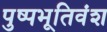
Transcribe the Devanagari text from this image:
पुष्पभूतिवंश